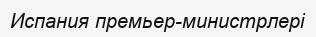
Испания премьер-министрлері